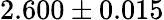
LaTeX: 2.600\pm 0.015